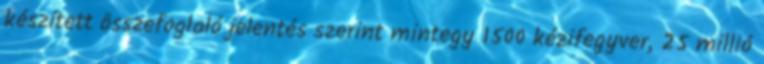
készített összefoglaló jelentés szerint mintegy 1500 kézifegyver, 25 millió